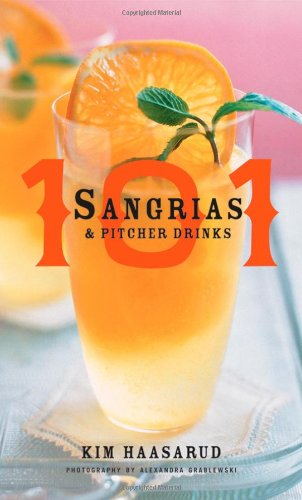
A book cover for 101 Sangrias and Pitcher Drinks; Kim Haasarud; Cookbooks, Food & Wine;